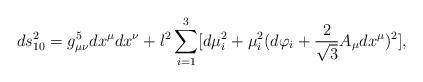
LaTeX: \begin{align*}ds^2_{10}=g^5_{\mu\nu}dx^\mu dx^\nu +l^2\sum_{i=1}^3 [d\mu_i^2+\mu_i^2(d\varphi_i+\frac{2}{\sqrt{3}}A_\mu dx^\mu)^2],\end{align*}